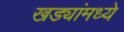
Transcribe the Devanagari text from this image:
खड्यांमध्ये